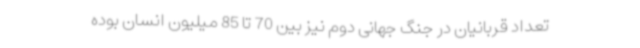
تعداد قربانیان در جنگ جهانی دوم نیز بین 70 تا 85 میلیون انسان بوده